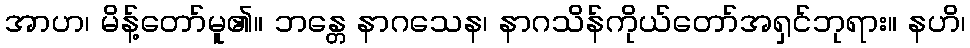
အာဟ၊ မိန့်တော်မူ၏။ ဘန္တေ နာဂသေန၊ နာဂသိန်ကိုယ်တော်အရှင်ဘုရား။ နဟိ၊